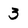
Character: 3